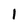
Character: 1